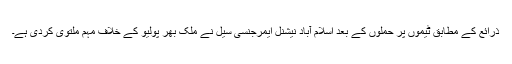
ذرائع کے مطابق ٹیموں پر حملوں کے بعد اسلام آباد نیشنل ایمرجنسی سیل نے ملک بھر پولیو کے خلاف مہم ملتوی کردی ہے۔